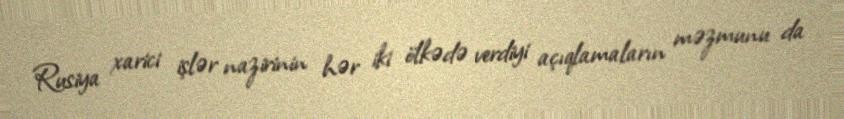
Rusiya xarici işlər nazirinin hər iki ölkədə verdiyi açıqlamaların məzmunu da